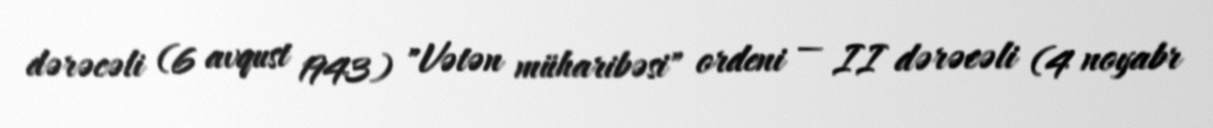
dərəcəli (6 avqust 1943) "Vətən müharibəsi" ordeni — II dərəcəli (4 noyabr